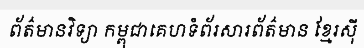
ព័ត៌មានវិទ្យា កម្ពុជាគេហទំព័រសារព័ត៌មាន ខ្មែរស៊ី